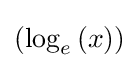
\left(\log _{e}\left(x\right)\right)